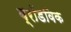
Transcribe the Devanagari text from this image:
ब्रॉडविक